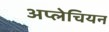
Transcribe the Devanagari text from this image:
अप्लेचियन